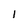
Character: l